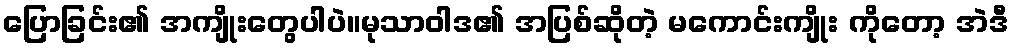
ပြောခြင်း၏ အကျိုးတွေပါပဲ။မုသာဝါဒ၏ အပြစ်ဆိုတဲ့ မကောင်းကျိုး ကိုတော့ အဲဒီ